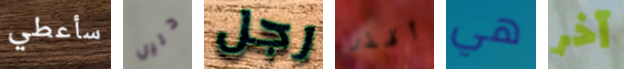
سأعطي دليل رجل أقذر هي آخر